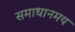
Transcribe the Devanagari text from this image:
समाधानमय